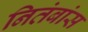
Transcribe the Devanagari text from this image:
नितंबांस